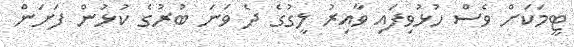
ޓީމަކަށް ވެސް ހުޅުވިފައި ވާއިރު ލީގުގެ ދެ ވަނަ ބުރުގެ ކުޅުން ފަށަން